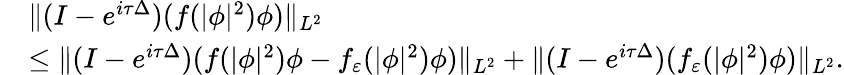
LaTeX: \begin{array}{rl}&{\| (I-e^{i\tau\Delta})(f(|\phi|^{2})\phi)\| _{L^{2}}}\\ &{\leq\| (I-e^{i\tau\Delta})(f(|\phi|^{2})\phi-f_{\varepsilon}(|\phi|^{2})\phi)\| _{L^{2}}+\| (I-e^{i\tau\Delta})(f_{\varepsilon}(|\phi|^{2})\phi)\| _{L^{2}}.}\end{array}